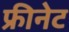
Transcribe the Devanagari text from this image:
फ्रीनेट